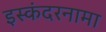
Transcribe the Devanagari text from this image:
इस्कंदरनामा